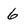
Character: 6